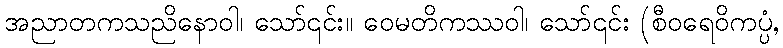
အညာတကသညိနောဝါ၊ သော်၎င်း။ ဝေမတိကဿဝါ၊ သော်၎င်း (စီဝရေဝိကပ္ပံ,